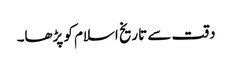
دقت سے تاریخ اسلام کو پڑھا۔